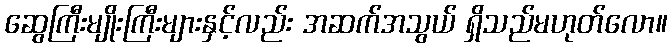
ဆွေကြီးမျိုးကြီးများနှင့်လည်း အဆက်အသွယ် ရှိသည်မဟုတ်လော။